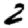
Digit: 2